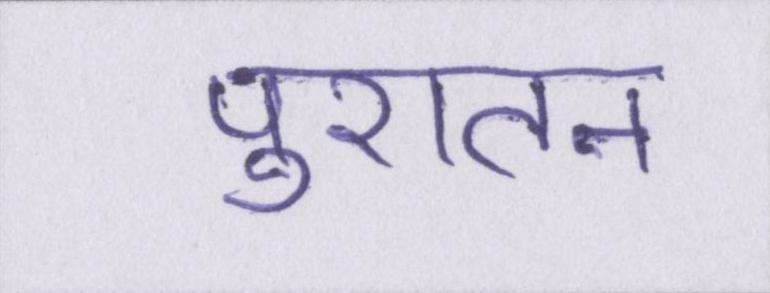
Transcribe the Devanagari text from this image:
पुरातन